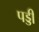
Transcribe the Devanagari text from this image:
पड्डी